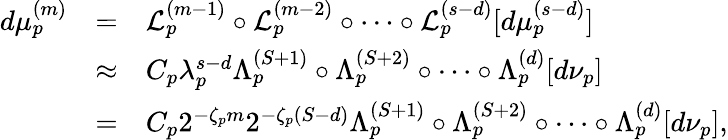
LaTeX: \begin{array}{rcl}{d\mu_{p}^{(m)}}&{=}&{\mathcal{L}_{p}^{(m-1)}\circ\mathcal{L}_{p}^{(m-2)}\circ\cdots\circ\mathcal{L}_{p}^{(s-d)}[d\mu_{p}^{(s-d)}]}\\ &{\approx}&{C_{p}\lambda_{p}^{s-d}\Lambda_{p}^{(S+1)}\circ\Lambda_{p}^{(S+2)}\circ\cdots\circ\Lambda_{p}^{(d)}[d\nu_{p}]}\\ &{=}&{C_{p}2^{-\zeta_{p}m}2^{-\zeta_{p}(S-d)}\Lambda_{p}^{(S+1)}\circ\Lambda_{p}^{(S+2)}\circ\cdots\circ\Lambda_{p}^{(d)}[d\nu_{p}],}\end{array}